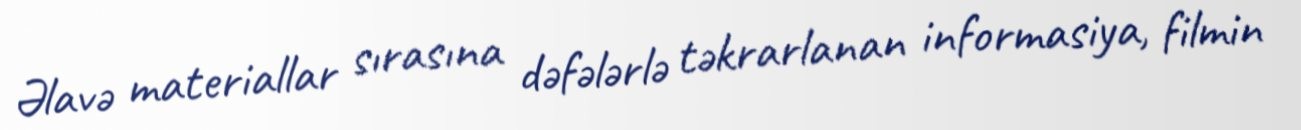
Əlavə materiallar sırasına dəfələrlə təkrarlanan informasiya, filmin